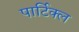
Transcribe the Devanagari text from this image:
पार्टिक्ल